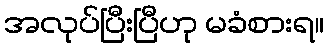
အလုပ်ပြီးပြီဟု မခံစားရ။